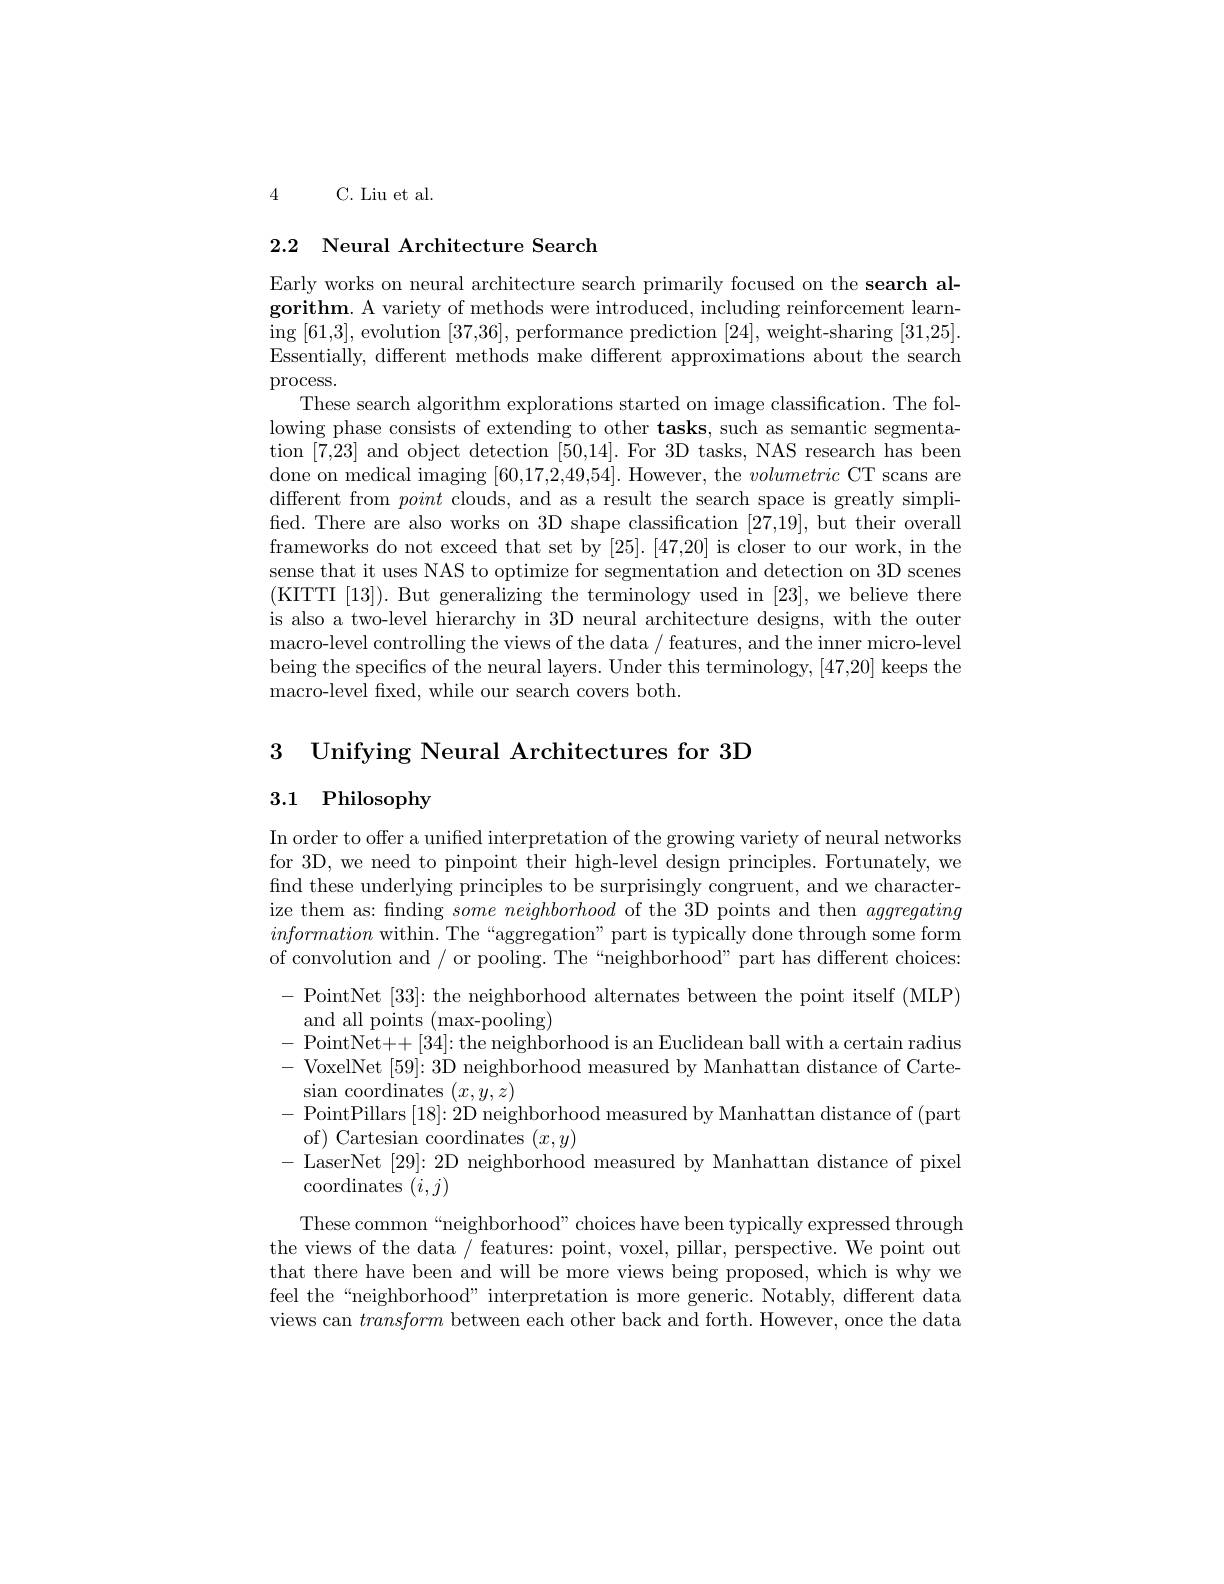
4 C. Liu et al.

# 2.2 Neural Architecture Search

Early works on neural architecture search primarily focused on the search algorithm. A variety of methods were introduced, including reinforcement learning [61,3],evolution [37,36], performance prediction [24], weight-sharing [31,25]. Essentially, different methods make different approximations about the search

process.
These search algorithm explorations started on image classification. The following phase consists of extending to other tasks, such as semantic segmentation [7,23] and object detection [50,14]. For 3D tasks, NAS research has been done on medical imaging [60,17,2,49,54]. However, the volumetric CT scans are different from point clouds, and as a result the search space is greatly simplified. There are also works on 3D shape classification [27,19], but their overall frameworks do not exceed that set by [25]. [47,20] is closer to our work, in the sense that it uses NAS to optimize for segmentation and detection on 3D scenes (KITTTI [13]). But generalizing the terminology used in [23],we believe there is also a two-level hierarchy in 3D neural architecture designs, with the outer macro-level controlling the views of the data / features, and the inner micro-level being the specifics of the neural layers. Under this terminology, [47,20] keeps the macro-level fixed, while our search covers both.

3 Unifying Neural Architectures for 3D
# 3.1 Philosophy

In order to offer a unified interpretation of the growing variety of neural networks for 3D, we need to pinpoint their high-level design principles. Fortunately, we find these underlying principles to be surprisingly congruent, and we characterize them as: finding $some\textit{neighborhood of the 3D points and then }aggregating$ information within. The “aggregation” part is typically done through some form of convolution and / or pooling. The“neighborhood” part has different choices: - PointNet [33]: the neighborhood alternates between the point itself (MLP) and all points (max-pooling)
- PointNet++[34]:the neighborhood is an Euclidean ball with a certain radius - VoxelNet [59]: 3D neighborhood measured by Manhattan distance of Carte- $\begin{array}{c}{\mathrm{sian~coordinates~}(x,y,z)}\\{\mathrm{sian~coordinates~}(x,y,z)}\end{array}$
- PointPillars [18]{:}2D neighborhood measured by Manhattan distance of (part)
of) Cartesian coordinates $(x,y)$
- LaserNet [29]: 2D neighborhood measured by Manhattan distance of pixel
coordinates $(i,j)$
These common“neighborhood” choices have been typically expressed through the views of the data / features: point, voxel, pillar, perspective. We point out that there have been and will be more views being proposed, which is why we feel the“neighborhood” interpretation is more generic. Notably, different data views can transform between each other back and forth. However, once the data